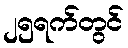
၂၅ရက်တွင်